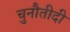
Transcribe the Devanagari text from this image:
चुनौतीदी